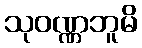
သုဝဏ္ဏဘူမိ